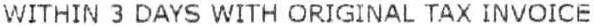
WITHIN 3 DAYS WITH ORIGINAL TAX INVOICE